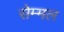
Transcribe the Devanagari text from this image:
सेम्मल